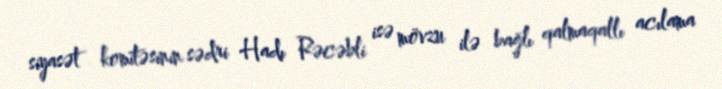
siyasət komitəsinin sədri Hadı Rəcəbli isə mövzu ilə bağlı qalmaqallı acılama